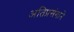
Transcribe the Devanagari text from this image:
अतिप्रसंगाने